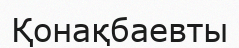
Қонақбаевты